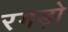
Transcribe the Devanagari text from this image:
रगड़ो